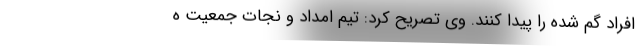
افراد گم شده را پیدا کنند. وی تصریح کرد: تیم امداد و نجات جمعیت ه